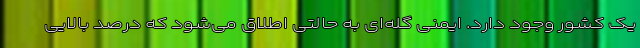
یک کشور وجود دارد. ایمنی گله‌ای به حالتی اطلاق می‌شود که درصد بالایی